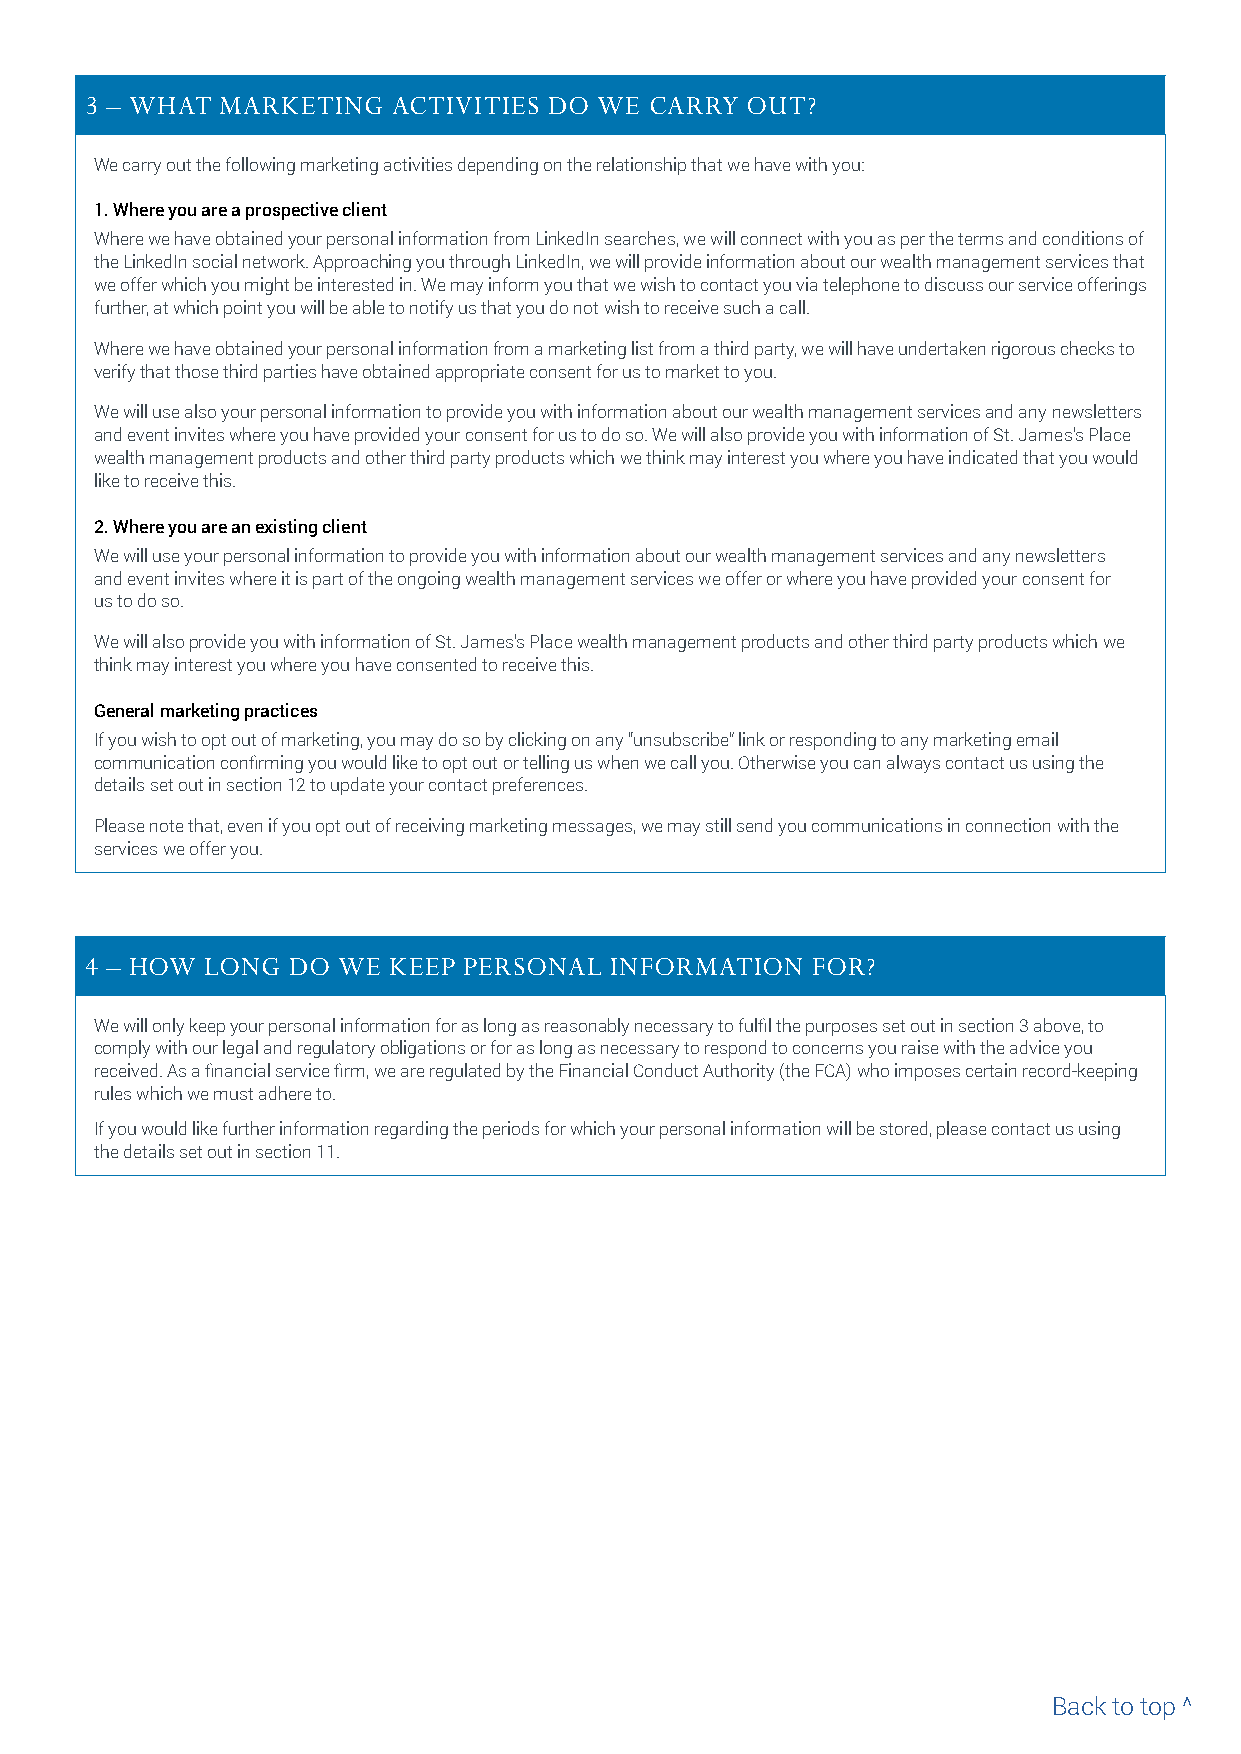
3 – WHAT MARKETING  ACTIVITIES DO WE CARRY OUT?
 We carry out the following marketing activities depending on the relationship that we have with you:
 1. Where you are a prospective client
 Where we have obtained your personal information from LinkedIn searches, we will connect with you as per the terms and conditions of
 the LinkedIn social network. Approaching you through LinkedIn, we will provide information about our wealth management services that
 we offer which you might be interested in. We may inform you that we wish to contact you via telephone to discuss our service offerings
 further, at which point you will be able to notify us that you do not wish to receive such a call.
 Where we have obtained your personal information from a marketing list from a third party, we will have undertaken rigorous checks to
 verify that those third parties have obtained appropriate consent for us to market to you.
 We will use also your personal information to provide you with information about our wealth management services and any newsletters
 and event invites where you have provided your consent for us to do so. We will also provide you with information of St. James’s Place
 wealth management products and other third party products which we think may interest you where you have indicated that you would
 like to receive this.
 2. Where you are an existing client
 We will use your personal information to provide you with information about our wealth management services and any newsletters
 and event invites where it is part of the ongoing wealth management services we offer or where you have provided your consent for
 us to do so.
 We will also provide you with information of St. James’s Place wealth management products and other third party products which we
 think may interest you where you have consented to receive this.
 General marketing practices
 If you wish to opt out of marketing, you may do so by clicking on any “unsubscribe” link or responding to any marketing email
 communication confirming you would like to opt out or telling us when we call you. Otherwise you can always contact us using the
 details set out in section 12 to update your contact preferences.
 Please note that, even if you opt out of receiving marketing messages, we may still send you communications in connection with the
 services we offer you.
 4 – HOW LONG DO WE  KEEP PERSONAL INFORMATION   FOR?
 We will only keep your personal information for as long as reasonably necessary to fulfil the purposes set out in section 3 above, to
 comply with our legal and regulatory obligations or for as long as necessary to respond to concerns you raise with the advice you
 received. As a financial service firm, we are regulated by the Financial Conduct Authority (the FCA) who imposes certain record-keeping
 rules which we must adhere to.
 If you would like further information regarding the periods for which your personal information will be stored, please contact us using
 the details set out in section 11.
 Back to top ^